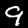
Label: 9